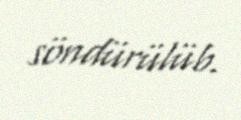
söndürülüb.